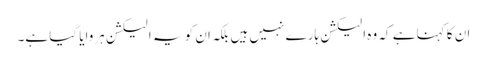
ان کا کہنا ہے کہ وہ الیکشن ہارے نہیں ہیں بلکہ ان کو یہ الیکشن ہروایا گیا ہے۔